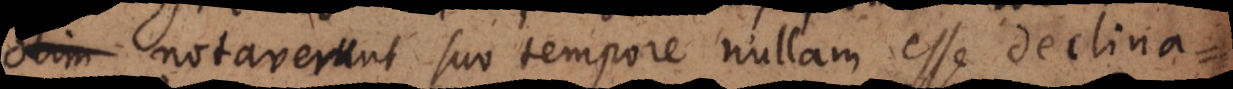
u. notaverunt suo tempore nullam esse declina